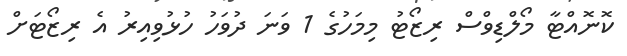
ކޮނޮއްޓާ މޯލްޑިވްސް ރިޒޯޓު މިމަހުގެ 1 ވަނަ ދުވަހު ހުޅުވިއިރު އެ ރިޒޯޓަށް